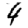
Digit: 4